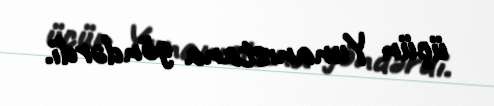
üçün Yunanıstana göndərdi.